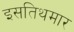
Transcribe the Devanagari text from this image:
इसतिथमार